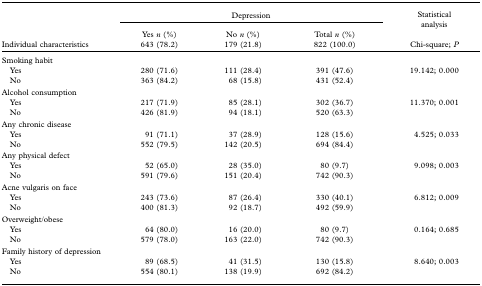
<table><thead><tr><td></td><td colspan="3"><b>Depression</b></td><td><b>Statistical analysis</b></td></tr><tr><td><b>Individual characteristics</b></td><td><b>Yes <i>n</i> (%) 643 (78.2)</b></td><td><b>No <i>n</i> (%) 179 (21.8)</b></td><td><b>Total <i>n</i> (%) 822 (100.0)</b></td><td><b>Chi-square; <i>P</i></b></td></tr></thead><tbody><tr><td colspan="5">Smoking habit</td></tr><tr><td> Yes</td><td>280 (71.6)</td><td>111 (28.4)</td><td>391 (47.6)</td><td>19.142; 0.000</td></tr><tr><td> No</td><td>363 (84.2)</td><td>68 (15.8)</td><td>431 (52.4)</td><td></td></tr><tr><td colspan="5">Alcohol consumption</td></tr><tr><td> Yes</td><td>217 (71.9)</td><td>85 (28.1)</td><td>302 (36.7)</td><td>11.370; 0.001</td></tr><tr><td> No</td><td>426 (81.9)</td><td>94 (18.1)</td><td>520 (63.3)</td><td></td></tr><tr><td colspan="5">Any chronic disease</td></tr><tr><td> Yes</td><td>91 (71.1)</td><td>37 (28.9)</td><td>128 (15.6)</td><td>4.525; 0.033</td></tr><tr><td> No</td><td>552 (79.5)</td><td>142 (20.5)</td><td>694 (84.4)</td><td></td></tr><tr><td colspan="5">Any physical defect</td></tr><tr><td> Yes</td><td>52 (65.0)</td><td>28 (35.0)</td><td>80 (9.7)</td><td>9.098; 0.003</td></tr><tr><td> No</td><td>591 (79.6)</td><td>151 (20.4)</td><td>742 (90.3)</td><td></td></tr><tr><td colspan="5">Acne vulgaris on face</td></tr><tr><td> Yes</td><td>243 (73.6)</td><td>87 (26.4)</td><td>330 (40.1)</td><td>6.812; 0.009</td></tr><tr><td> No</td><td>400 (81.3)</td><td>92 (18.7)</td><td>492 (59.9)</td><td></td></tr><tr><td colspan="5">Overweight/obese</td></tr><tr><td> Yes</td><td>64 (80.0)</td><td>16 (20.0)</td><td>80 (9.7)</td><td>0.164; 0.685</td></tr><tr><td> No</td><td>579 (78.0)</td><td>163 (22.0)</td><td>742 (90.3)</td><td></td></tr><tr><td colspan="5">Family history of depression</td></tr><tr><td> Yes</td><td>89 (68.5)</td><td>41 (31.5)</td><td>130 (15.8)</td><td>8.640; 0.003</td></tr><tr><td> No</td><td>554 (80.1)</td><td>138 (19.9)</td><td>692 (84.2)</td><td></td></tr></tbody></table>